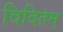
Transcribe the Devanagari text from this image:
विदितम्